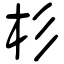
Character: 杉